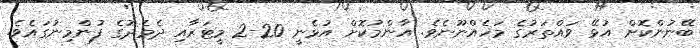
ބޭނުންކޮށް އުޅޭ ވައްތަރުގެ މަހެއްނޫނެވެ. އާންމުކޮށް އުޅެނީ 20-2 މީޓަރާއި ދެމެދުގެ ފުންމިނުގައެވެ.